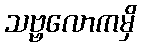
သဗ္ဗလောကမှိ